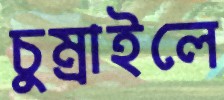
চুম্‌রাইলে